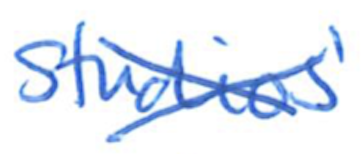
Text: Studios'
Cross-out: cross
Writing tool: ballpoint